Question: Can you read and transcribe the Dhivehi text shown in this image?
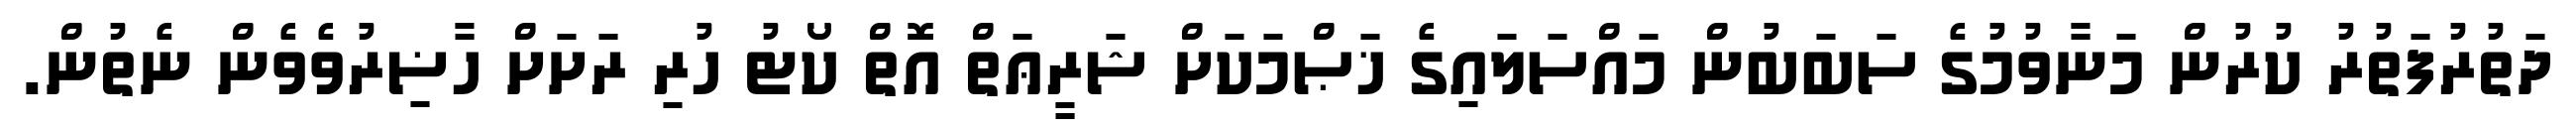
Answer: ދަތުރުފަތުރު ކުރުން މަނާވުމުގެ ސަބަބުން މައްސަލައިގެ ޚަޞްމަކަށް ޝަރީޢަތް އޮތް ކޯޓު ހުރި ރަށަށް ހާޟިރުވެވެން ނެތުން.